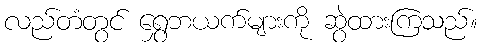
လည်တံတွင် ရွှေဘယက်များကို ဆွဲထားကြသည်။